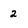
Character: 2